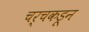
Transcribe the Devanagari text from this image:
चर्चकडून